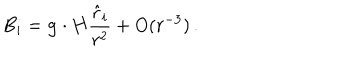
LaTeX: B _ { i } = { \bf g } \cdot { \bf H } { \frac { { \hat { r } } _ { i } } { r ^ { 2 } } } + O ( r ^ { - 3 } ) \, .